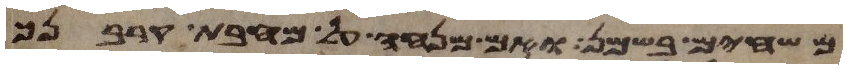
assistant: משחים בשמן ואם מנחה על מחבת קרבנך